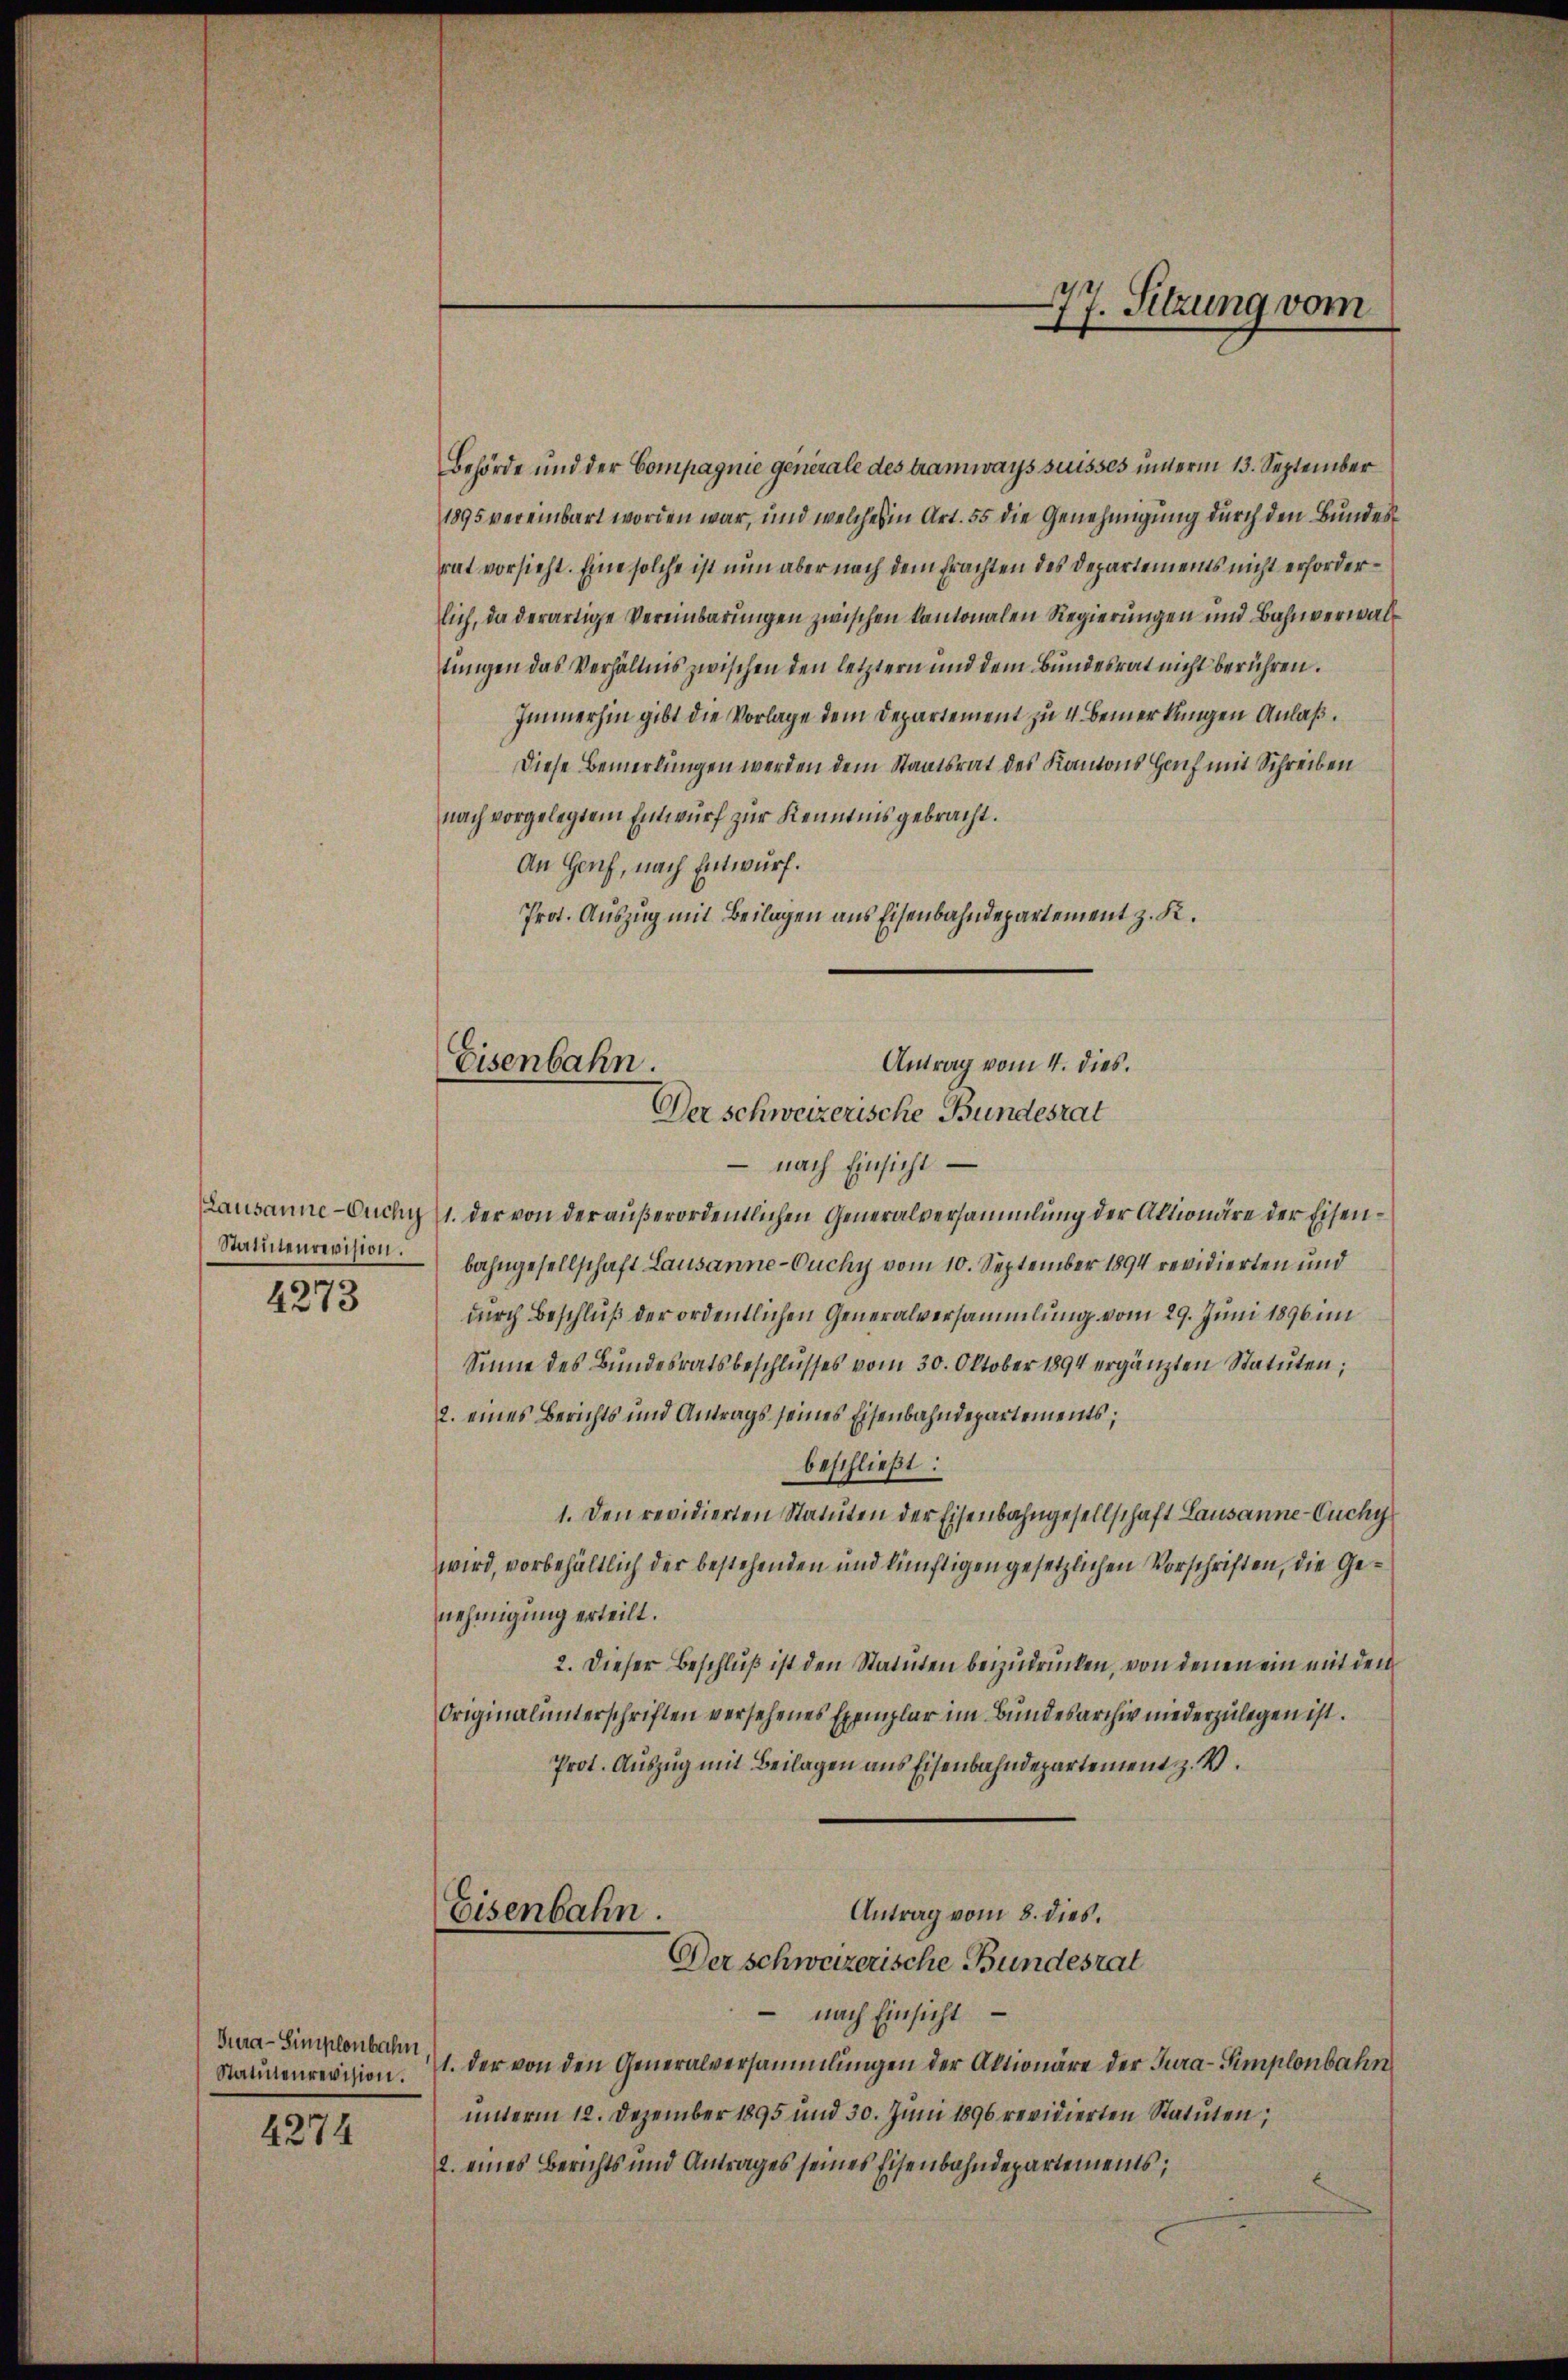
Stattenrevision.

4273

Tura-Simplenbahn,

4274

Antrag vom 4. dies.
Eisenbahn.
Der schweizerische Bundesrat

Behörde und der Compagnie generale des tramways suisses unterm 13. September
1895 vereinbart worden war, und welches in Art. 55 die Genehmigung durch den Bundesrat vorsieht. Eine solche ist nun aber nach dem Erachten des Departements nicht erforderlich, da derartige Vereinbarungen zwischen Kantonalen Regierungen und Bahnverwaltungen das Verhältnis zwischen den letztern und dem Bundesrat nicht berühren.
Immerhin gibt die Vorlage dem Departement zu 4. bemerkungen Anlaß.
Diese Bemerkungen werden dem Staatsrat des Kantons Hauf mit Schreiben
nach vorgelegtem Entwurf zur Kenntnis gebracht.
An Genf, nach Entwurf.
Prot. Auszug mit Beilagen aus Eisenbahndepartement z. K.
nach Einsicht
Lausanne-Ouchy 1. der von der außerordentlichen Generalversammlung der Aktionäre der Eisenbahngesellschaft Lausanne-Ouchy vom 10. September 1894 revidierten und
durch Beschluß der ordentlichen Generalversammlung vom 29. Juni 1896 im
Sinne des Bundesratsbeschlusses vom 30. Oktober 1894 ergänzten Statuten;
2. eines Berichts und Antrags seines Eisenbahndepartements;
beschließt:
1. Den revidierten Statuten der Eisenbahngesellschaft Lausanne-Cuchy
wird, vorbehältlich der bestehenden und künftigen gesetzlichen Vorschriften, die Genehmigung erteilt.
2. Dieser Beschluß ist den Statuten beizudrücken, von denen ein mit dem
Originalunterschriften versehenes Exemplar im Bundesarchiv niederzulegen ist.
Prot. Auszug mit Beilagen aus Eisenbahndepartement z.
Antrag vom 8. dies.
Eisenbahn.
Der schweizerische Bundesrat
- nach Einsicht
Statutenrevision. 1. Der von den Generalversammlungen der Aktionäre der Jura-Simplonbahn
unterm 12. Dezember 1895 und 30. Juni 1896 revidierten Statuten,
2. eines Berichts und Antrages seines Eisenbahndepartements;

77. Sitzung vom